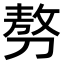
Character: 𠞪